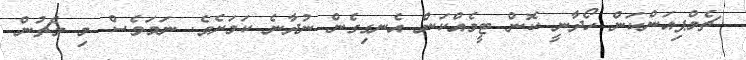
ޗެމްޕިއަންކަން ހޯދާނީ ކޮން ޓީމެއްކަން އެނގިގެން ނުދާނެ ކަމަށެވެ. ނަމަވެސް މި މެޗުން